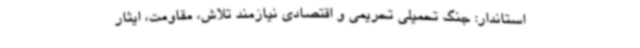
استاندار: جنگ تحمیلی تحریمی و اقتصادی نیازمند تلاش، مقاومت، ایثار